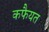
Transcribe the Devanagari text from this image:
कफैयत